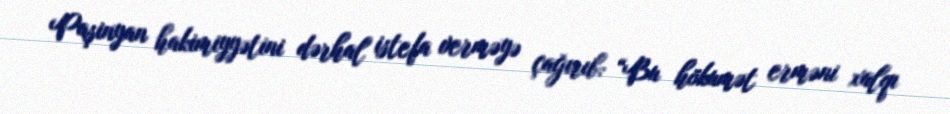
Paşinyan hakimiyyətini dərhal istefa verməyə çağırıb: “Bu hökumət erməni xalqı